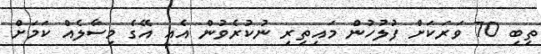
ތިބި 70 ވަރަކަށް ފުލުހުން މައިތިރި ނުކުރެވުން އެއީ އޭގެ މިސާލެއް ކަމަށް